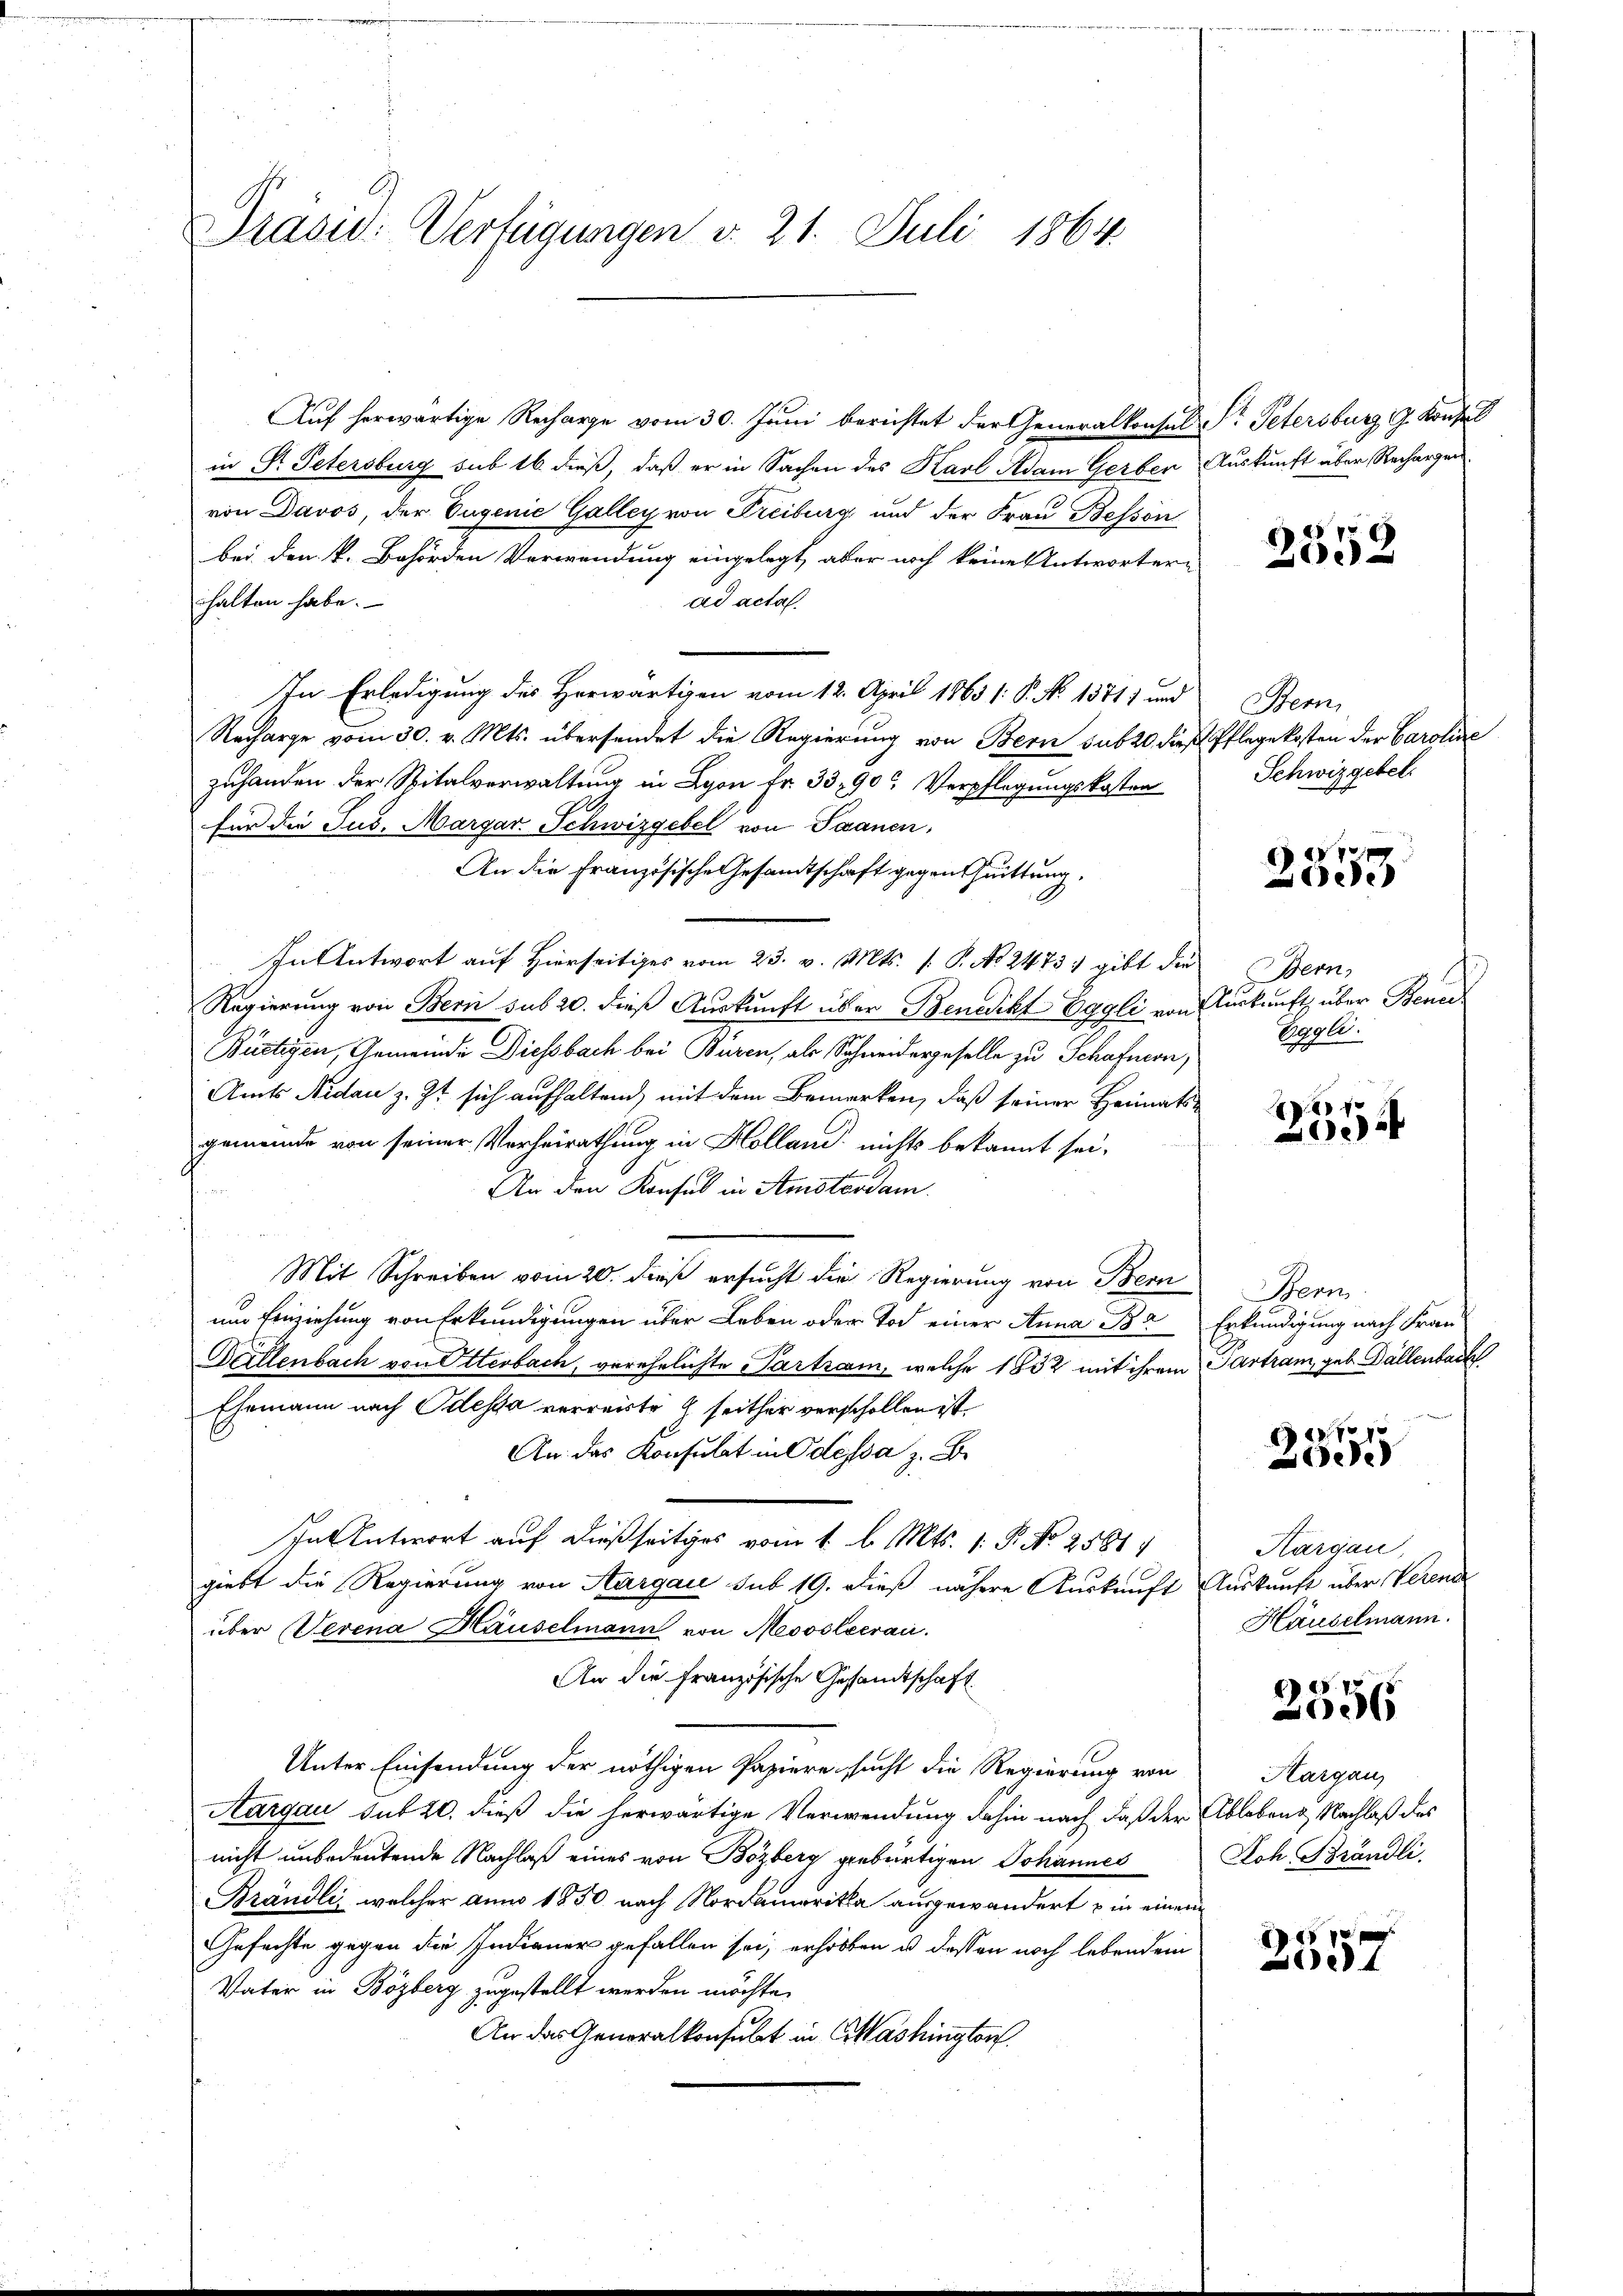
Prasid. Verfügungen v. 21. Juli 1864.

Auf herwärtige Recharge vom 30. Juni berichtet der Generalkonsul
in Dr. Petersburg sub 16 dieß, daß er in Sachen des Karl Adam Gerber
von Davos, der Eugenie Galley von Freiburg, und der Frau Bessön
bei den k. Behörden Verwendung eingelegt, aber noch keine Antwortere
ad acta.
halten habe.
In Erledigung des Herwärtigen vom 12. April 1863 /: P. No. 1371) und
Recharge vom 30. v. Mts. übersendet die Regierung von Bern sub 20. dies
zuhanden der Spitalverwaltung in Lyon Fr. 33,90 Verpflegungskosten
für die Jus. Margar. Schwizgebel von Saanen,
An die Französische Gesandtschaft gegen Quittung,
In Antwort auf Hierseitiges vom 23. v. Mts. (: P. No. 2473) gibt die
Regierung von Bern sub 20. dieß Auskunft über Benedikt Eggli von
Bürtigen, Gemeinde Diessbach bei Buren, als Schneidergeselle zu Schafnern;
Amts Nidau z. Zt sich aufhaltend, mit dem Bemerken, daß seiner Heimatsgemeinde von seiner Verheirathung in Holland, nichts bekannt sei,
An den Konsul in Amsterdam
Mit Schreiben vom 20. dieß ersucht die Regierung von Bern
um Einziehung von Erkundigungen über Leben oder Tod einer Anna Ba
Willenbach von Ottenbach, verehelichte Partzam, welche 1832 mit ihrem
Ehemann nach Odessa verreiste  seither verschollen ist
An: das Konsulat in Odessa z. B.
In Antwort auf dießseitiges vom 1. l. Mts. 1. P. Nr. 2581
giebt die Regierung von Aargau sub 19. dieß nähere Auskunft
über Verena Hauselmann von Mesosleerau
An die Französische Gesandtschaft
Unter Einsendung der nöthigen Papiere sucht die Regierung von
Aargau sub 20. dieß die herwärtige Verwendung dahin nach daß der
nicht unbedeutende Nachlaß eines von Bözberg gebürtigen Johannes
Brändli, welcher am 1850 nach Nordamerika ausgewandert in einem
Gefechte gegen die Indianer gefallen sei, erholten u. dessen noch lebend ein
Vater in Bözberg zugestellt werden möchte,
An das Generalkonsulat in Cashington

Pr. Petersburg z. Konse
Auskunft über Rechargen.

2552

Stern,
PPflege kosten der Caroline
Schwizgebel.

2353

Bern,
l
Auskunft über Bened
Eggle.

870
0

Hern
Erkundigung nach Fran
Tartram, geb. Gallenbach

Ger. 1010
ede

Kargau,
Auskunft über Verende
Hauselmann.

2556

Aargau
Ablebend Nachlaß das
Joh. Brändli

10 x
e